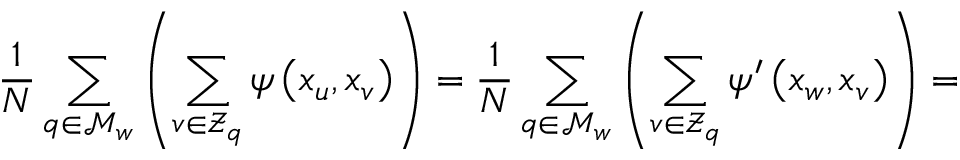
\frac { 1 } { N } \sum _ { q \in \mathcal { M } _ { w } } \left( \sum _ { v \in \mathcal { Z } _ { q } } \psi \left( x _ { u } , x _ { v } \right) \right) = \frac { 1 } { N } \sum _ { q \in \mathcal { M } _ { w } } \left( \sum _ { v \in \mathcal { Z } _ { q } } \psi ^ { \prime } \left( x _ { w } , x _ { v } \right) \right) =